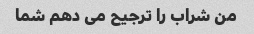
من شراب را ترجیح می دهم شما